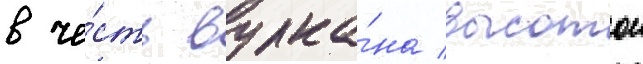
в че́сть вулка́на высотои